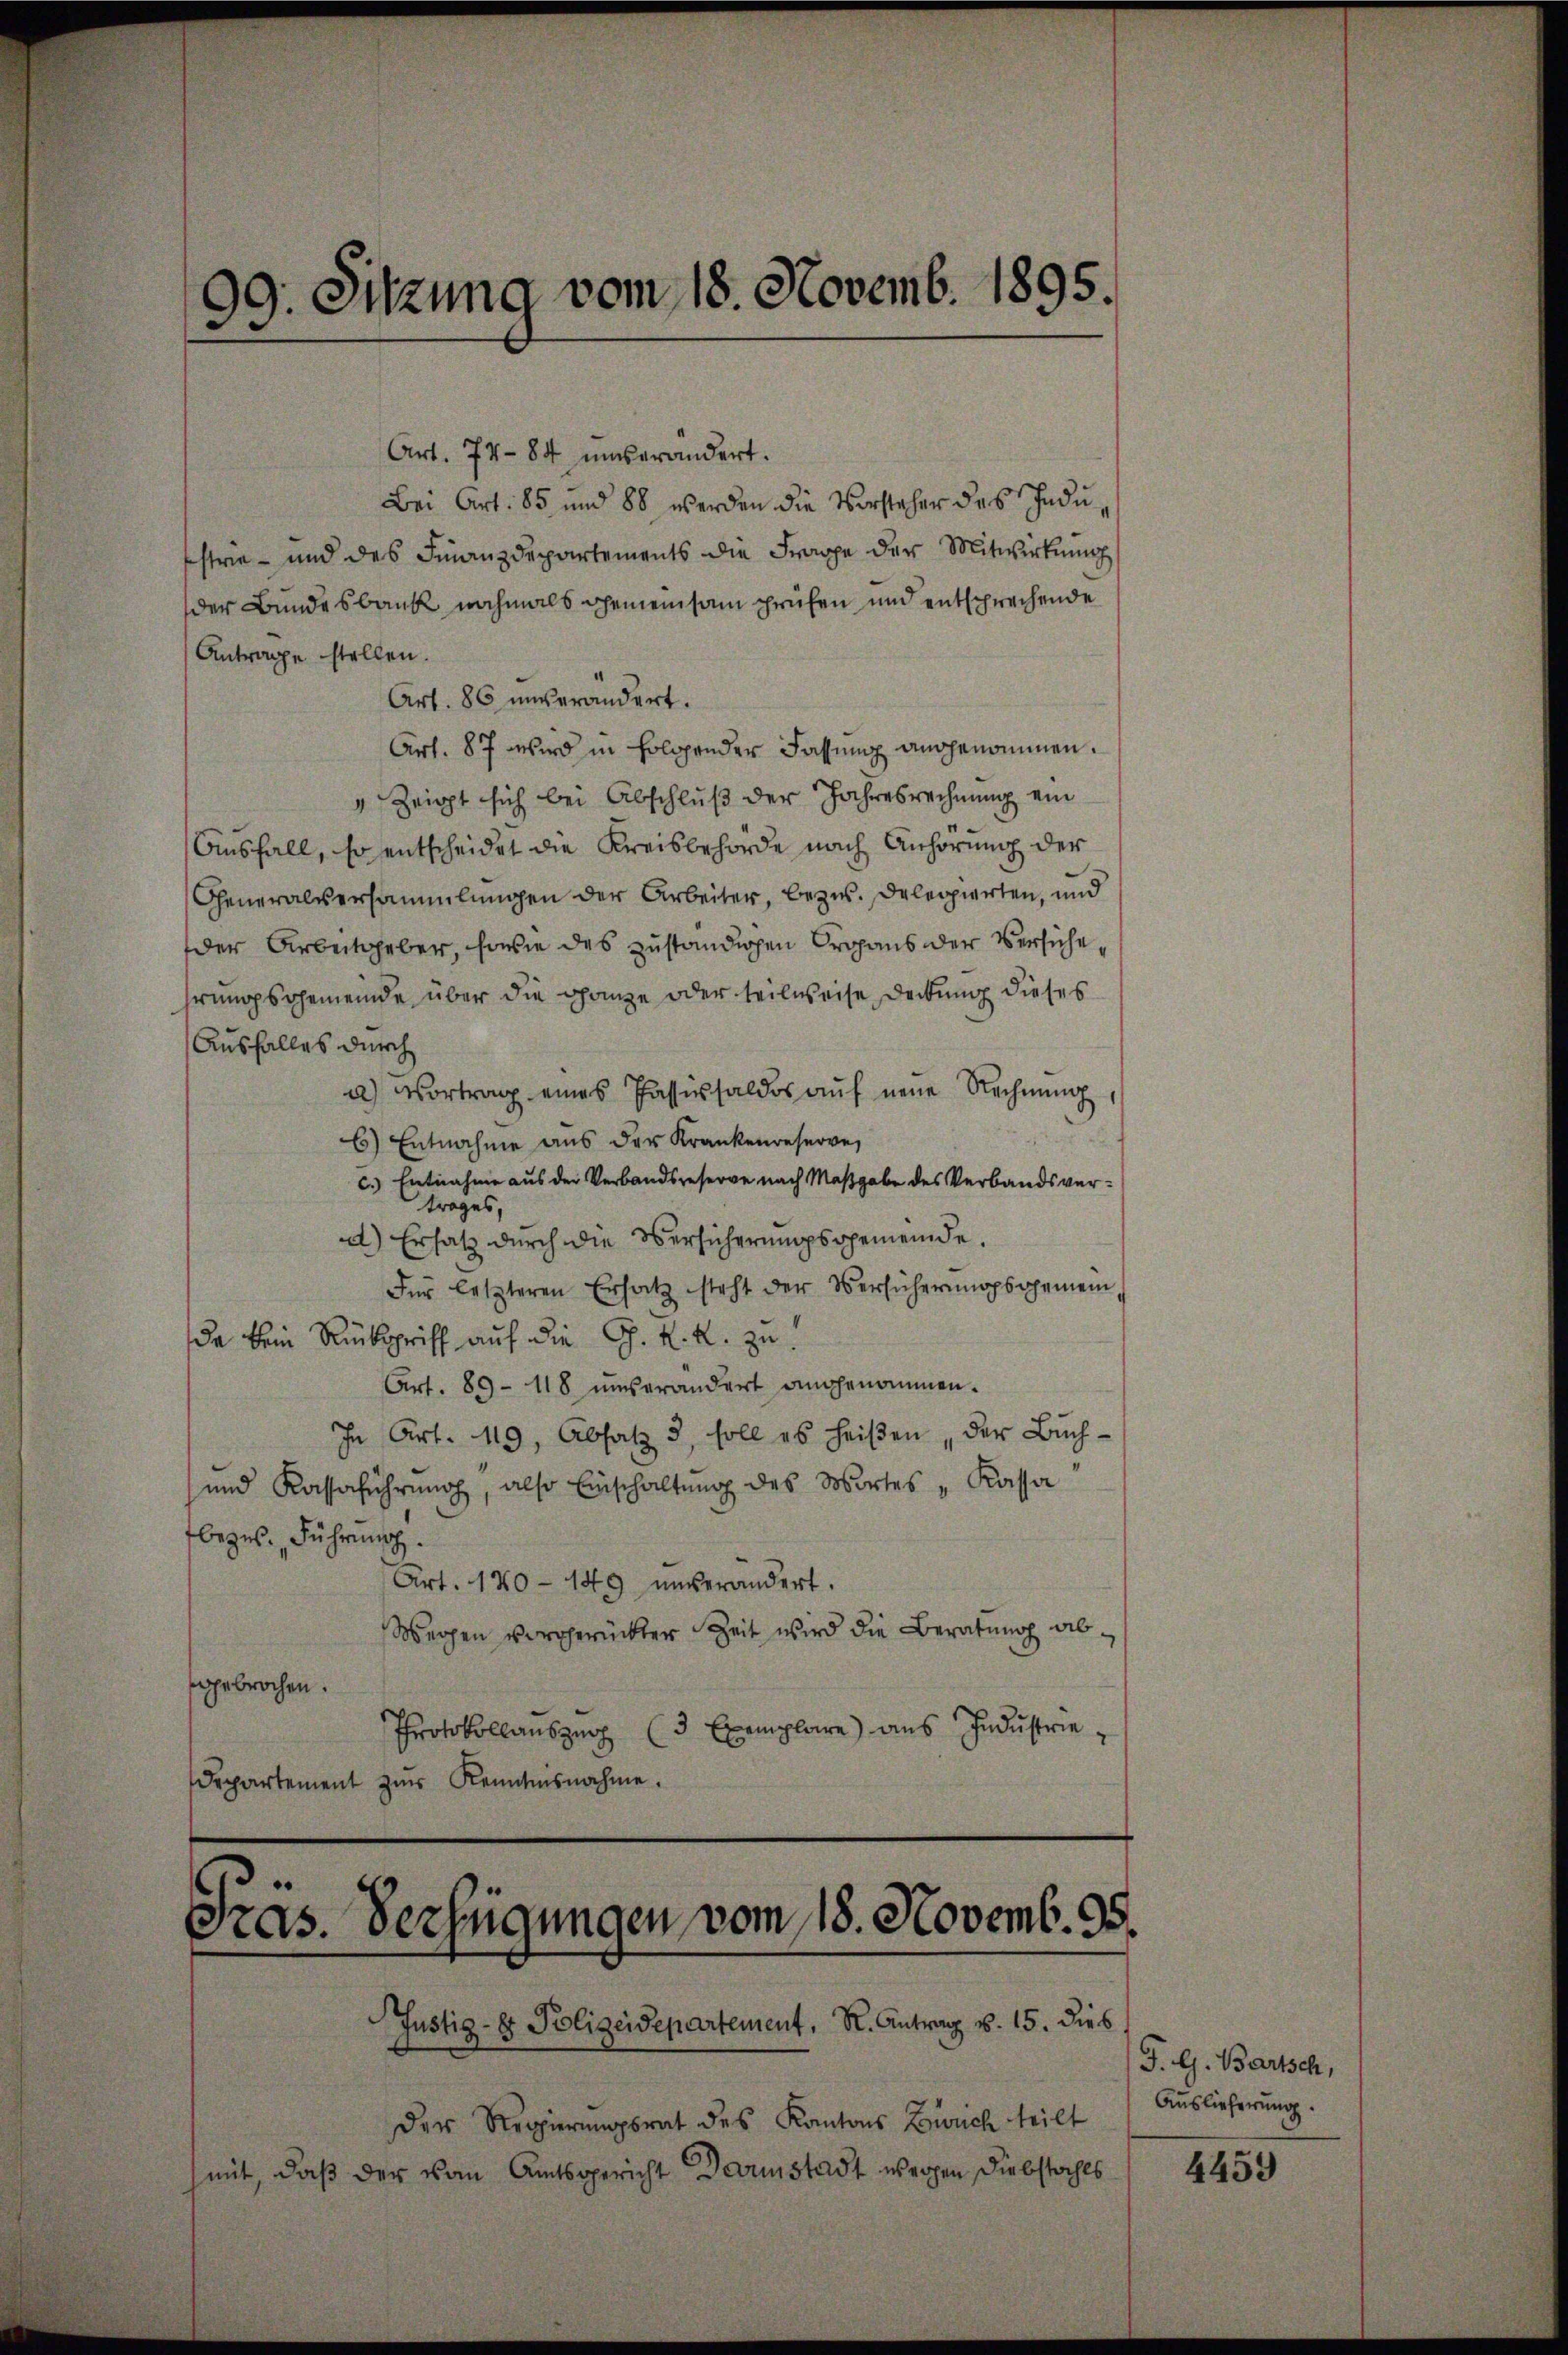
99. Sitzung vom 18. Novemb. 1895.
.
d

Art. 7484 unverändert.
Bei Art. 85 und 88 werden die Vorsteher des Indu,
strie - und des Finanzdepartements die Frage der Mitwirkung
der Bundesbank nochmals gemeinsam prüfen und entsprechende
Antrage stellen.
Art. 86 unverändert.
Art. 87 wird in Folgender Fassung angenommen.
" zeigt sich bei Abschluß der Jahresrechnung ein
Ausfall, so entscheidet die Kreisbehörde nach Anhörung der
Generalversammlungen der Arbeiter, bezw. Delegierten, und
der Arbeitgeber, sowie des zuständigen Organs der Verseherungsgemeinde über die ganze oder teilweise Deckung dieses
Ausfalles durch
a) Vortrag eines Passissaldos auf neue Rechnung,
6) Entnahme aus der Krankenweserve,
c.) Entnahme aus der Verbandsreserve nach Maßgabe des Verbandsvertrages,
d) Ersatz durch die Versicherungsgemeinde.
Für letzteren Ersatz steht der Versicherungsgemei
da kein Rückgriff auf die G. K. K. zu
Art. 89 - 118 unverändert angenommen.
In Art. 119, Absatz 3, soll es heißen, der Buch¬
und Kassaführŭng, also Einschaltŭng des Wortes „Kassa
beges. Führung
Art. 170 - 149 unverändert.
Weigen vorgerückter Zeit wird die Beratung abgebrochen.
3 Exemplare) aus Industrie¬
Protokollauszug
Departement zŭr Kenntnisnahme.

Pras. Verfügungen vom 18. Novemb. 95.

Der Regierungsrat des Kantons Zürich teilt
mit, daß der von Amtsgericht Darmstadt wegen Diebstahls

Justiz- & Polizeidepartement, R. Antrag v. 15. dies

T. G. Bartsch,
Auslieferung.

4459